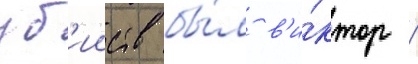
уб'ииств бы́л в'и́ктор /